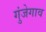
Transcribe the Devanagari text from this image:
गुंजेगाव